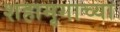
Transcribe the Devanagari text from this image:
शहामृगाच्या